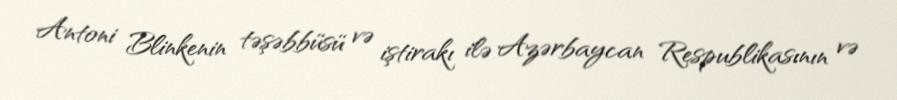
Antoni Blinkenin təşəbbüsü və iştirakı ilə Azərbaycan Respublikasının və